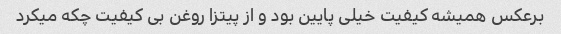
برعکس همیشه کیفیت خیلی پایین بود و از پیتزا روغن بی کیفیت چکه میکرد